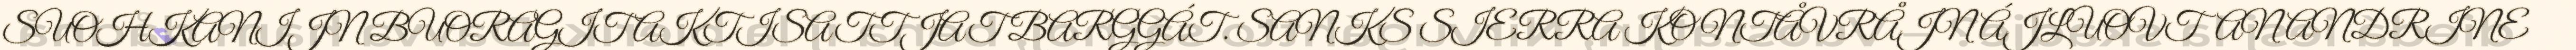
SUOHKANIJN BUORAGIT AKTISATTJAT BARGGÁT. SANKS SIERRA KONTÅVRÅJN ÁJLUOVTAN ANDRINE